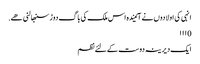
انہی کی اولادوں نے آئیندہ اس ملک کی باگ دوڑ سنبھالنی ھے.
0 ۱۱۱
ایک دیرینہ دوست کےلئے نظم